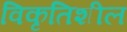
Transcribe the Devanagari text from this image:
विकृतिशील